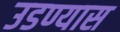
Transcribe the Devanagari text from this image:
उडण्यास